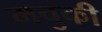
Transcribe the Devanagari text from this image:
मचुकी